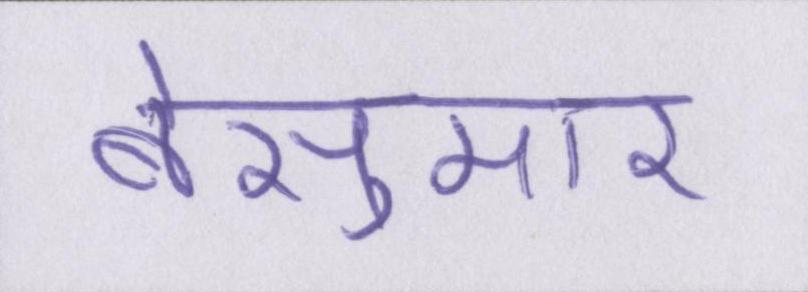
बेसुमार